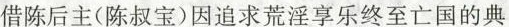
借陈后主(陈叔宝)因追求荒淫享乐终至亡国的典